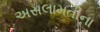
અસલામતીના